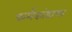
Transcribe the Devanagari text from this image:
कर्मकांडाचा